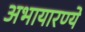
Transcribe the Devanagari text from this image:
अभायारण्ये